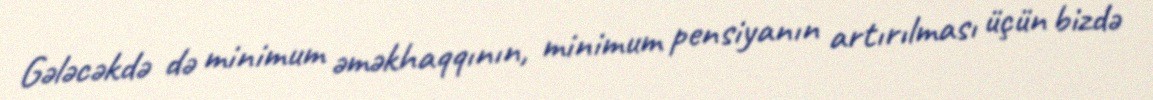
Gələcəkdə də minimum əməkhaqqının, minimum pensiyanın artırılması üçün bizdə